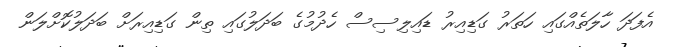
އެފަދަ ހާލަތެއްގައި ހަތަރު ގަޑިއިރު ޑައިލިސިސް ހެދުމުގެ ބަދަލުގައި ތިން ގަޑިއިރަށް ބަދަލުކޮށްލަން